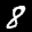
Label: 8